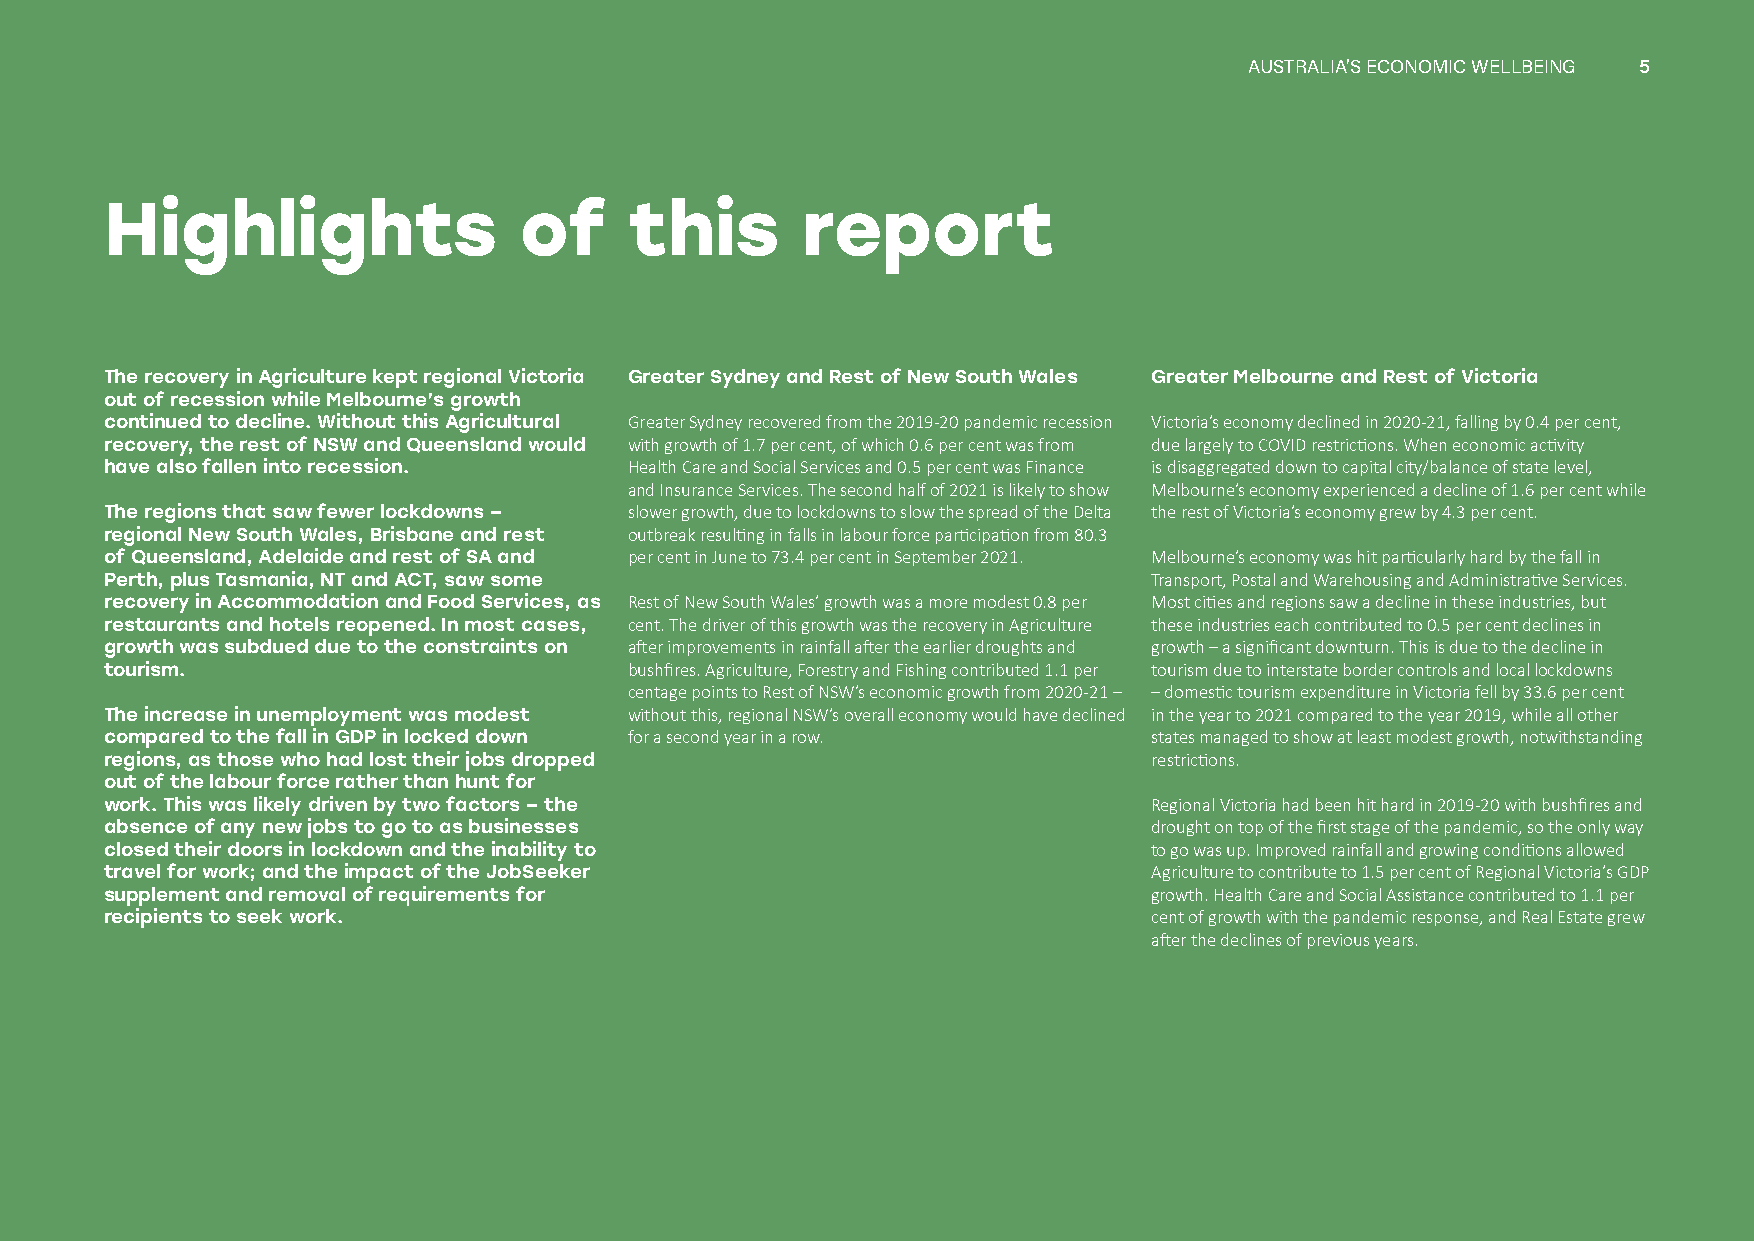
AAUUSSTTRRAALLIIAA’’SS EECCOONNOOMMIICC WWEELLLLBBEEIINNGG 55
 Highlights                 of      this       report
 The recovery in Agriculture kept regional Victoria Greater Sydney and Rest of New South Wales Greater Melbourne and Rest of Victoria
 out of recession while Melbourne’s growth
 continued to decline. Without this Agricultural Greater Sydney recovered from the 2019-20 pandemic recession Victoria’s economy declined in 2020-21, falling by 0.4 per cent,
 recovery, the rest of NSW and Queensland would with growth of 1.7 per cent, of which 0.6 per cent was from due largely to COVID restrictions. When economic activity
 have also fallen into recession.   Health Care and Social Services and 0.5 per cent was Finance is disaggregated down to capital city/balance of state level,
 and Insurance Services. The second half of 2021 is likely to show Melbourne’s economy experienced a decline of 1.6 per cent while
 The regions that saw fewer lockdowns – slower growth, due to lockdowns to slow the spread of the Delta the rest of Victoria’s economy grew by 4.3 per cent.
 regional New South Wales, Brisbane and rest outbreak resulting in falls in labour force participation from 80.3
 of Queensland, Adelaide and rest of SA and per cent in June to 73.4 per cent in September 2021. Melbourne’s economy was hit particularly hard by the fall in
 Perth, plus Tasmania, NT and ACT, saw some                           Transport, Postal and Warehousing and Administrative Services.
 recovery in Accommodation and Food Services, as Rest of New South Wales’ growth was a more modest 0.8 per Most cities and regions saw a decline in these industries, but
 restaurants and hotels reopened. In most cases, cent. The driver of this growth was the recovery in Agriculture these industries each contributed to 0.5 per cent declines in
 growth was subdued due to the constraints on after improvements in rainfall after the earlier droughts and growth – a significant downturn. This is due to the decline in
 tourism.                           bushfires. Agriculture, Forestry and Fishing contributed 1.1 per tourism due to interstate border controls and local lockdowns
 centage points to Rest of NSW’s economic growth from 2020-21 – –domestic tourism expenditure in Victoria fell by 33.6 per cent
 The increase in unemployment was modest without this, regional NSW’s overall economy would have declined in the year to 2021 compared to the year 2019, while all other
 compared to the fall in GDP in locked down for a second year in a row. states managed to show at least modest growth, notwithstanding
 regions, as those who had lost their jobs dropped                    restrictions.
 out of the labour force rather than hunt for
 work. This was likely driven by two factors – the                    Regional Victoria had been hit hard in 2019-20 with bushfires and
 absence of any new jobs to go to as businesses                       drought on top of the first stage of the pandemic, so the only way
 closed their doors in lockdown and the inability to                  to go was up. Improved rainfall and growing conditions allowed
 travel for work; and the impact of the JobSeeker                     Agriculture to contribute to 1.5 per cent of Regional Victoria’s GDP
 supplement and removal of requirements for                           growth. Health Care and Social Assistance contributed to 1.1 per
 recipients to seek work.                                             cent of growth with the pandemic response, and Real Estate grew
 after the declines of previous years.